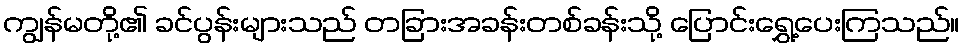
ကျွန်မတို့၏ ခင်ပွန်းများသည် တခြားအခန်းတစ်ခန်းသို့ ပြောင်းရွှေ့ပေးကြသည်။